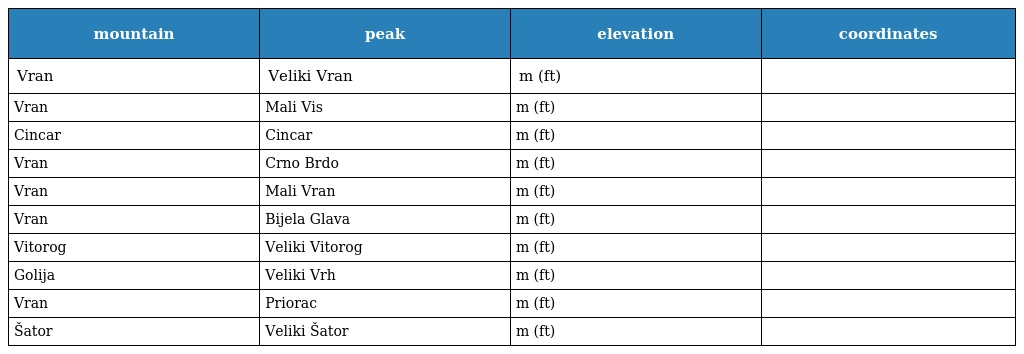
| mountain | peak | elevation | coordinates |
 | --- | --- | --- | --- |
 | Vran | Veliki Vran | m (ft) |  |
 | Vran | Mali Vis | m (ft) |  |
 | Cincar | Cincar | m (ft) |  |
 | Vran | Crno Brdo | m (ft) |  |
 | Vran | Mali Vran | m (ft) |  |
 | Vran | Bijela Glava | m (ft) |  |
 | Vitorog | Veliki Vitorog | m (ft) |  |
 | Golija | Veliki Vrh | m (ft) |  |
 | Vran | Priorac | m (ft) |  |
 | Šator | Veliki Šator | m (ft) |  |